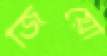
জিয়ো